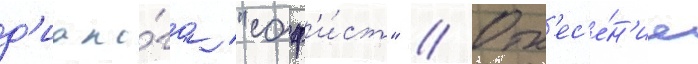
д'иало́га "соф'и́ст" // Отн'ес'е́н'ие